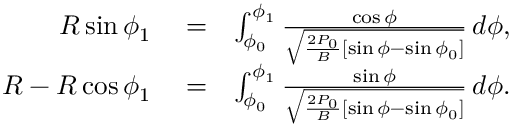
\begin{array} { r l r } { R \sin \phi _ { 1 } } & { { } = } & { \int _ { \phi _ { 0 } } ^ { \phi _ { 1 } } \frac { \cos \phi } { \sqrt { \frac { 2 P _ { 0 } } { B } [ \sin \phi - \sin \phi _ { 0 } ] } } \, d \phi , } \\ { R - R \cos \phi _ { 1 } } & { { } = } & { \int _ { \phi _ { 0 } } ^ { \phi _ { 1 } } \frac { \sin \phi } { \sqrt { \frac { 2 P _ { 0 } } { B } [ \sin \phi - \sin \phi _ { 0 } ] } } \, d \phi . } \end{array}